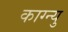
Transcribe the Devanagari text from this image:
काग्न्यु